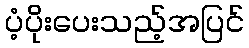
ပံ့ပိုးပေးသည့်အပြင်